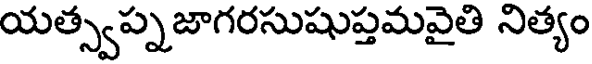
యత్స్వప్నజాగరసుషుప్తమవైతి నిత్యం